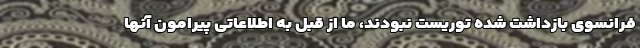
فرانسوی بازداشت شده توریست نبودند، ما از قبل به اطلاعاتی پیرامون آنها